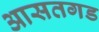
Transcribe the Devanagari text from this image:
आसतगड